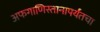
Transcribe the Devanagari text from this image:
अफगाणिस्तानापर्यंतचा